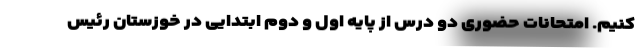
کنیم. امتحانات حضوری دو درس از پایه اول و دوم ابتدایی در خوزستان رئیس